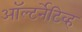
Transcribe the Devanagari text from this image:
ऑल्टर्नेटिव्ह